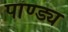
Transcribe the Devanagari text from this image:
पांण्ड्य